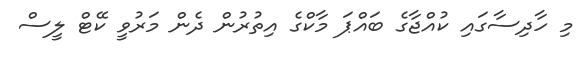
މި ހާދިސާގައި ކުއްޖާގެ ބައްޕަ މާކްގެ އިތުރުން ދެން މަރުވީ ކޭޓް ލީސް